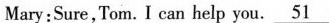
Mary:Sure,Tom.I can help you.\underline{51}